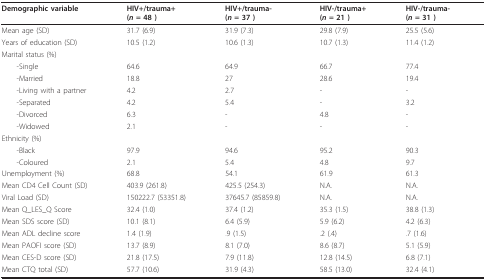
| Demographic variable | HIV+/trauma+ (n = 48 ) | HIV+/trauma- (n = 37 ) | HIV-/trauma+ (n = 21 ) | HIV-/trauma- (n = 31 ) |
 | --- | --- | --- | --- | --- |
 | Mean age (SD) | 31.7 (6.9) | 31.9 (7.3) | 29.8 (7.9) | 25.5 (5.6) |
 | Years of education (SD) | 10.5 (1.2) | 10.6 (1.3) | 10.7 (1.3) | 11.4 (1.2) |
 | Marital status (%) |  |  |  |  |
 | -Single | 64.6 | 64.9 | 66.7 | 77.4 |
 | -Married | 18.8 | 27 | 28.6 | 19.4 |
 | -Living with a partner | 4.2 | 2.7 | - | - |
 | -Separated | 4.2 | 5.4 | - | 3.2 |
 | -Divorced | 6.3 | - | 4.8 | - |
 | -Widowed | 2.1 | - | - | - |
 | Ethnicity (%) |  |  |  |  |
 | -Black | 97.9 | 94.6 | 95.2 | 90.3 |
 | -Coloured | 2.1 | 5.4 | 4.8 | 9.7 |
 | Unemployment (%) | 68.8 | 54.1 | 61.9 | 61.3 |
 | Mean CD4 Cell Count (SD) | 403.9 (261.8) | 425.5 (254.3) | N.A. | N.A. |
 | Viral Load (SD) | 150222.7 (53351.8) | 37645.7 (85859.8) | N.A. | N.A. |
 | Mean Q_LES_Q Score | 32.4 (1.0) | 37.4 (1.2) | 35.3 (1.5) | 38.8 (1.3) |
 | Mean SDS score (SD) | 10.1 (8.1) | 6.4 (5.9) | 5.9 (6.2) | 4.2 (6.3) |
 | Mean ADL decline score | 1.4 (1.9) | .9 (1.5) | .2 (.4) | .7 (1.6) |
 | Mean PAOFI score (SD) | 13.7 (8.9) | 8.1 (7.0) | 8.6 (8.7) | 5.1 (5.9) |
 | Mean CES-D score (SD) | 21.8 (17.5) | 7.9 (11.8) | 12.8 (14.5) | 6.8 (7.1) |
 | Mean CTQ total (SD) | 57.7 (10.6) | 31.9 (4.3) | 58.5 (13.0) | 32.4 (4.1) |